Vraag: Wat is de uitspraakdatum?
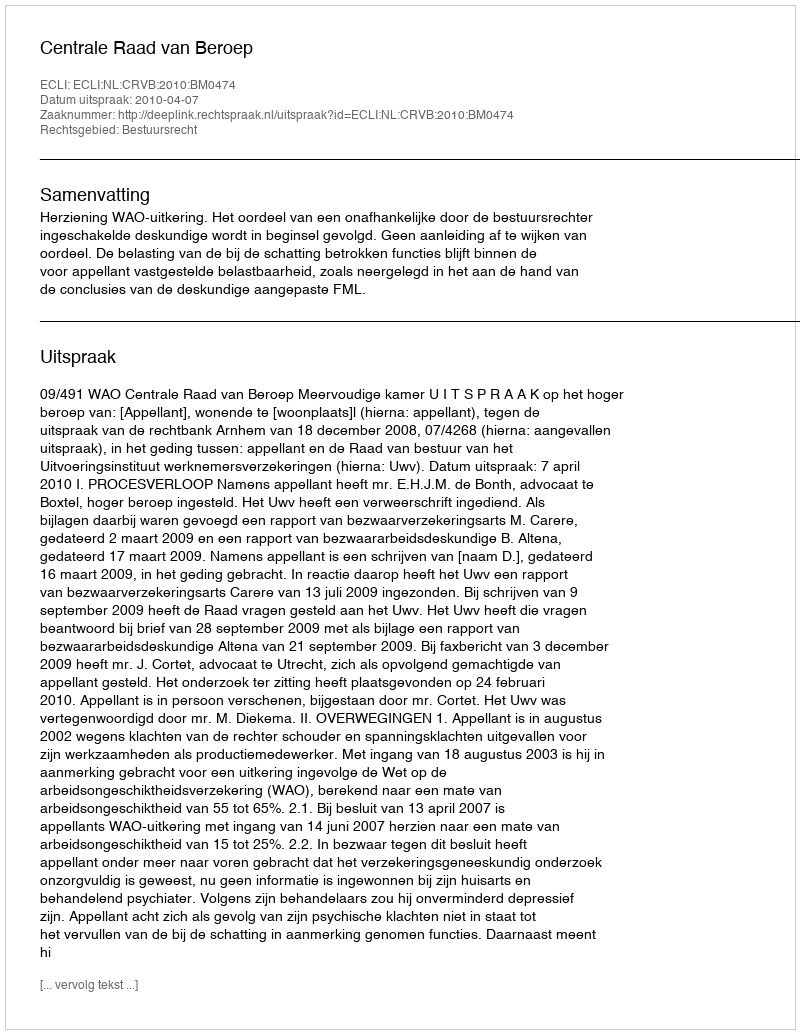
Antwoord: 2010-04-07